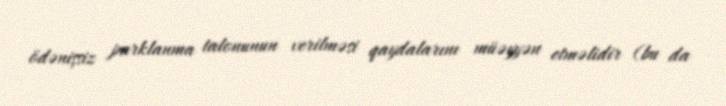
ödənişsiz parklanma talonunun verilməsi qaydalarını müəyyən etməlidir (bu da